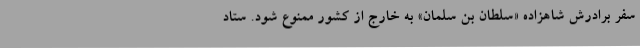
سفر برادرش شاهزاده «سلطان بن سلمان» به خارج از کشور ممنوع شود. ستاد